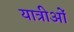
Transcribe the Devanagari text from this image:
यात्रीओं